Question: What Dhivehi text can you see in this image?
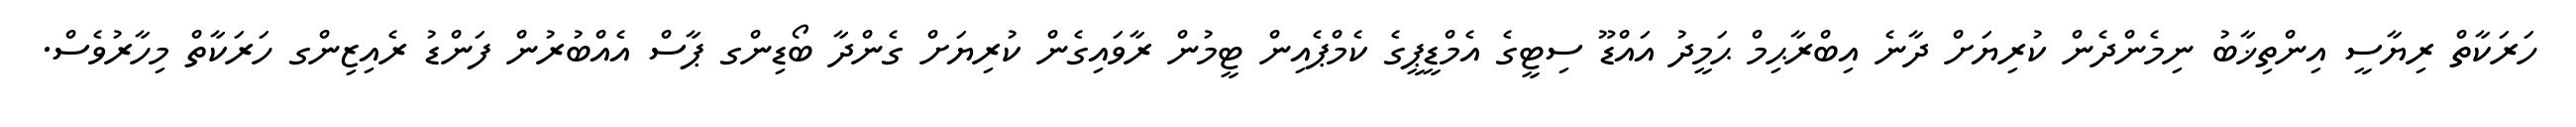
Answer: ހަރަކާތް ރިޔާސީ އިންތިޚާބު ނިމެންދެން ކުރިޔަށް ދާނެ އިބްރާޙިމް ޙަމީދު އައްޑޫ ސިޓީގެ އެމްޑީޕީގެ ކެމްޕެއިން ޓީމުން ރާވައިގެން ކުރިޔަށް ގެންދާ ބޯޑިންގ ޕާސް އެއްބުރުން ފަންޑު ރެއިޒިންގ ހަރަކާތް މިހާރުވެސް.